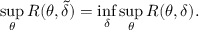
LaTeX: \operatorname* { s u p } _ { \theta } R ( \theta , { \tilde { \delta } } ) = \operatorname* { i n f } _ { \delta } \operatorname* { s u p } _ { \theta } R ( \theta , \delta ) .